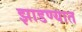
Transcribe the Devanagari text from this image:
झाडण्यात